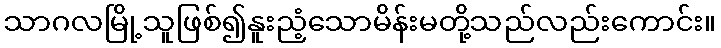
သာဂလမြို့သူဖြစ်၍နူးညံ့သောမိန်းမတို့သည်လည်းကောင်း။